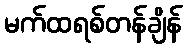
မက်ထရစ်တန်ချိန်